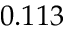
0 . 1 1 3